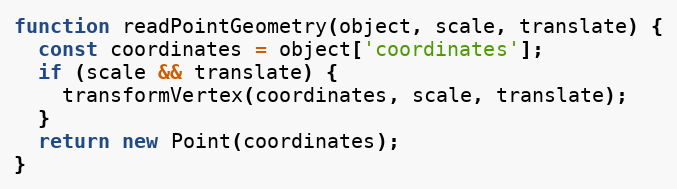
Language: JavaScript
function readPointGeometry(object, scale, translate) {
  const coordinates = object['coordinates'];
  if (scale && translate) {
    transformVertex(coordinates, scale, translate);
  }
  return new Point(coordinates);
}